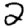
Digit: 2